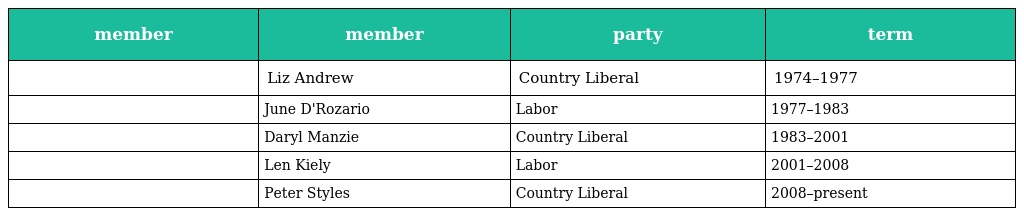
| member | member | party | term |
 | --- | --- | --- | --- |
 |  | Liz Andrew | Country Liberal | 1974–1977 |
 |  | June D'Rozario | Labor | 1977–1983 |
 |  | Daryl Manzie | Country Liberal | 1983–2001 |
 |  | Len Kiely | Labor | 2001–2008 |
 |  | Peter Styles | Country Liberal | 2008–present |